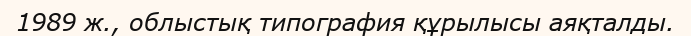
1989 ж., облыстық типография құрылысы аяқталды.